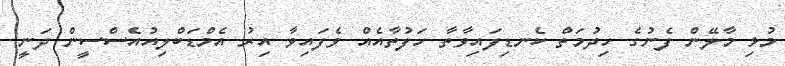
މުޅި މާލޭން ފެނުގެ ހިދުމަތް ކެނޑިފައިވާތާ ހަފުތާއެއް ވެފައިވާ އިރު އެމްޑަބްލިއުއެސްސީން ދަނީ